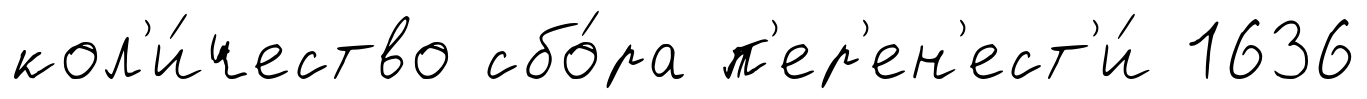
кол'и́чество сбо́ра п'ер'ен'ест'и́ 1636